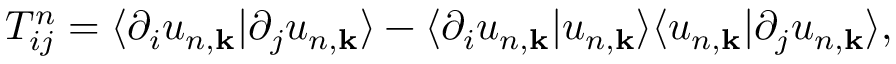
T _ { i j } ^ { n } = \langle \partial _ { i } u _ { n , \mathbf { k } } | \partial _ { j } u _ { n , \mathbf { k } } \rangle - \langle \partial _ { i } u _ { n , \mathbf { k } } | u _ { n , \mathbf { k } } \rangle \langle u _ { n , \mathbf { k } } | \partial _ { j } u _ { n , \mathbf { k } } \rangle ,